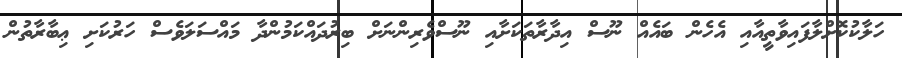
ހަލާކުކޮށްލާފައިވާތީއާއި އެހެން ބައެއް ނޫސް އިދާރާތަކަށާއި ނޫސްވެރިންނަށް ބިރުދައްކަމުންދާ މައްސަލަވެސް ހަރުކަށި ޢިބާރާތުން